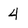
Character: 4